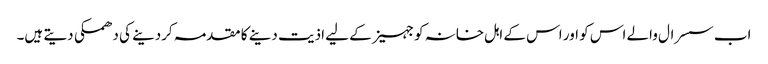
اب سسرال والے اس کو اور اس کے اہل خانہ کو جہیز کے لیے اذیت دینے کا مقدمہ کردینے کی دھمکی دیتے ہیں۔